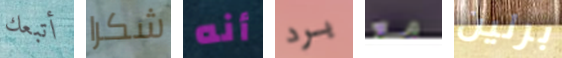
أتبعك شكرا أنه برد مع برلين